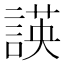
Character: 𮘡